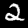
Label: 2